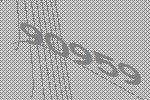
90959